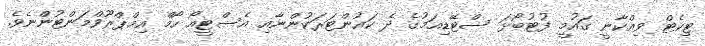
ޓިކެޓް ވިއްކާނީ ގައުމީ ފުޓުބޯޅަ ސްޓޭޑިއަމުގެ ދެ ކައުންޓަރަކުންނާއި އެސްޓީއޯ ހޯމް އިމްޕްރޫވްމަންޓުންނެވެ.